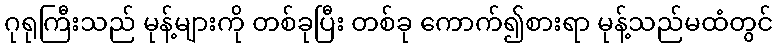
ဂုရုကြီးသည် မုန့်များကို တစ်ခုပြီး တစ်ခု ကောက်၍စားရာ မုန့်သည်မထံတွင်